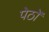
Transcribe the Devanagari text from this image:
पेठों